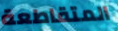
المتقاطعة